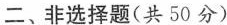
二、非选择题(共50分)